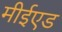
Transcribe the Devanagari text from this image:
मीईएड